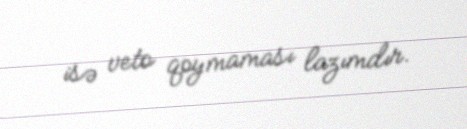
isə veto qoymaması lazımdır.